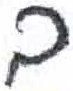
אות: ב